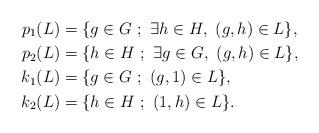
LaTeX: \begin{align*}p_1(L) &= \{ g\in G\ ;\ \exists h\in H,\ (g,h)\in L\},\\p_2(L) &= \{ h\in H\ ;\ \exists g\in G,\ (g,h)\in L\},\\k_1(L) & = \{ g\in G\ ;\ (g,1)\in L\},\\k_2(L) &= \{ h\in H\ ;\ (1,h)\in L\}. \end{align*}